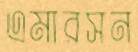
এমারসন